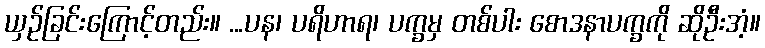
ယှဉ်ခြင်းကြောင့်တည်း။ ...ပန၊ ပရိဟာရ၊ ပက္ခမှ တစ်ပါး စောဒနာပက္ခကို ဆိုဦးအံ့။